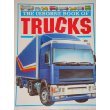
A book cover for The Usborne Book of Trucks (Young Machines Series); H. Castor; Children's Books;